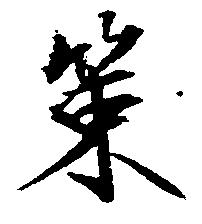
策